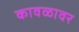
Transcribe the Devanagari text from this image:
कावळावर